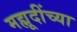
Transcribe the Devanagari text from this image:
मह्मूदींच्या